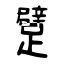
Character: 躄